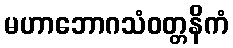
မဟာဘောဂသံဝတ္တနိကံ